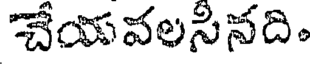
చేయవలసినది.